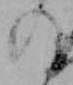
の